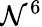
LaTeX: \mathcal{N}^{6}